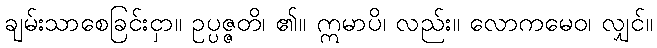
ချမ်းသာစေခြင်းငှာ။ ဥပ္ပဇ္ဇတိ၊ ၏။ ဣမာပိ၊ လည်း။ လောကမေဝ၊ လျှင်။